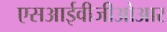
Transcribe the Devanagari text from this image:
एसआईवीजीओआर